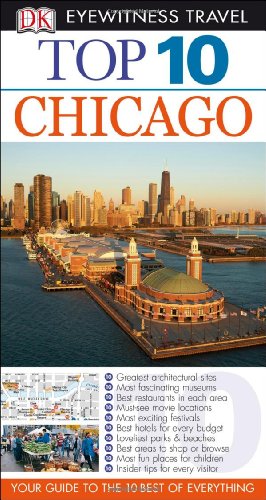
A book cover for Top 10 Chicago (Eyewitness Top 10 Travel Guide); Elisa Kronish; Travel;